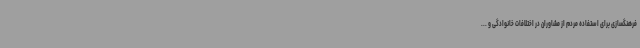
فرهنگسازی برای استفاده مردم از مشاوران در اختلافات خانوادگی و ...